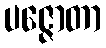
ပဇ္ဇောတာ